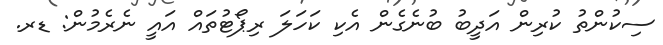
ސިކުންތު ކުރިން އަދީބު ބުނެގެން އެކި ކަހަލަ ރިޕޯޓުތައް އައީ ނެރެމުން: ޑރ.